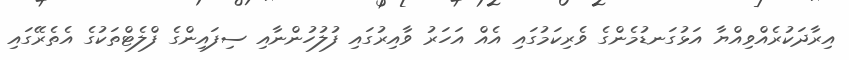
އިރާދަކުރެއްވިއްޔާ އަޅުގަނޑުމެންގެ ވެރިކަމުގައި އެއް އަހަރު ވާއިރުގައި ފުލުހުންނާއި ސިފައިންގެ ފްލެޓްތަކުގެ އެތެރޭގައި